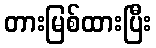
တားမြစ်ထားပြီး